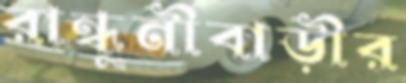
রান্ধুনীবাড়ীর